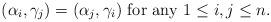
LaTeX: \begin{align*} (\alpha_i,\gamma_j)=(\alpha_j,\gamma_i)\ \mathrm{for\ any}\ 1\leq i,j\leq n.\end{align*}